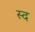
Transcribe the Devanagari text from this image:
स्द